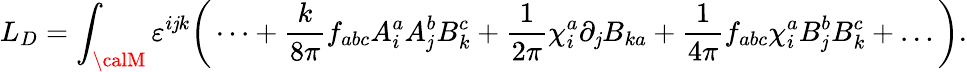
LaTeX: L_{D}=\int_{\calM}\varepsilon^{i\mathit{j}k}\bigg(\dots+{\frac{{k}}{{8\pi}}}f_{abc}A_{i}^{a}A_{\mathit{j}}^{b}B_{k}^{c}+{\frac{{1}}{{2\pi}}}\chi_{i}^{a}\partial_{\mathit{j}}B_{ka}+{\frac{{1}}{{4\pi}}}f_{abc}\chi_{i}^{a}B_{\mathit{j}}^{b}B_{k}^{c}+\dots\bigg).